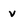
Character: v